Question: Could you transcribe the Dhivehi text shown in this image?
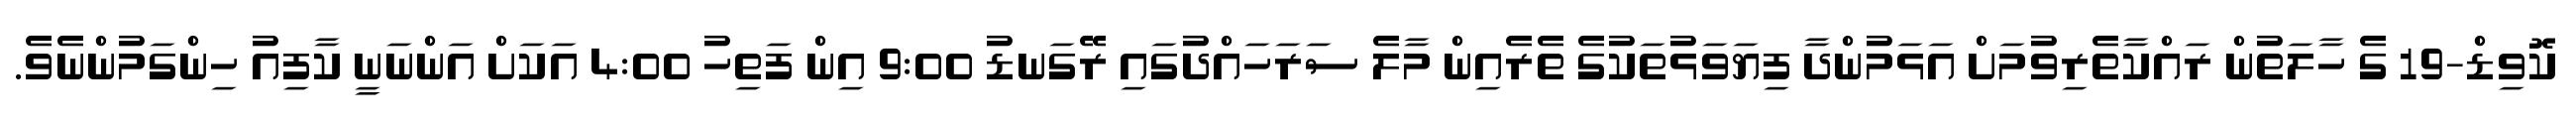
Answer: ކޮވިޑް-19 ގެ ހާލަތުން ރައްކާތެރިވުމަށް އަޅަމުންދާ ފިޔަވަޅުތަކުގެ ތެރެއިން މާލެ ސަރަހައްދުގައި ރޭގަނޑު 9:00 އިން ފަތިހު 4:00 އަކަށް އަންނަނީ ކާފިއު ހިންގަމުންނެވެ.